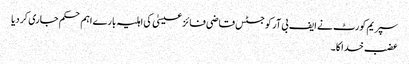
سپریم کورٹ نے ایف بی آر کو جسٹس قاضی فائز عیسیٰ کی اہلیہ بارے اہم حکم جاری کر دیا
عضب خدا کا ۔